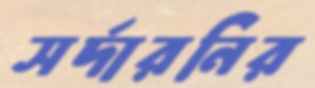
সর্দারনির